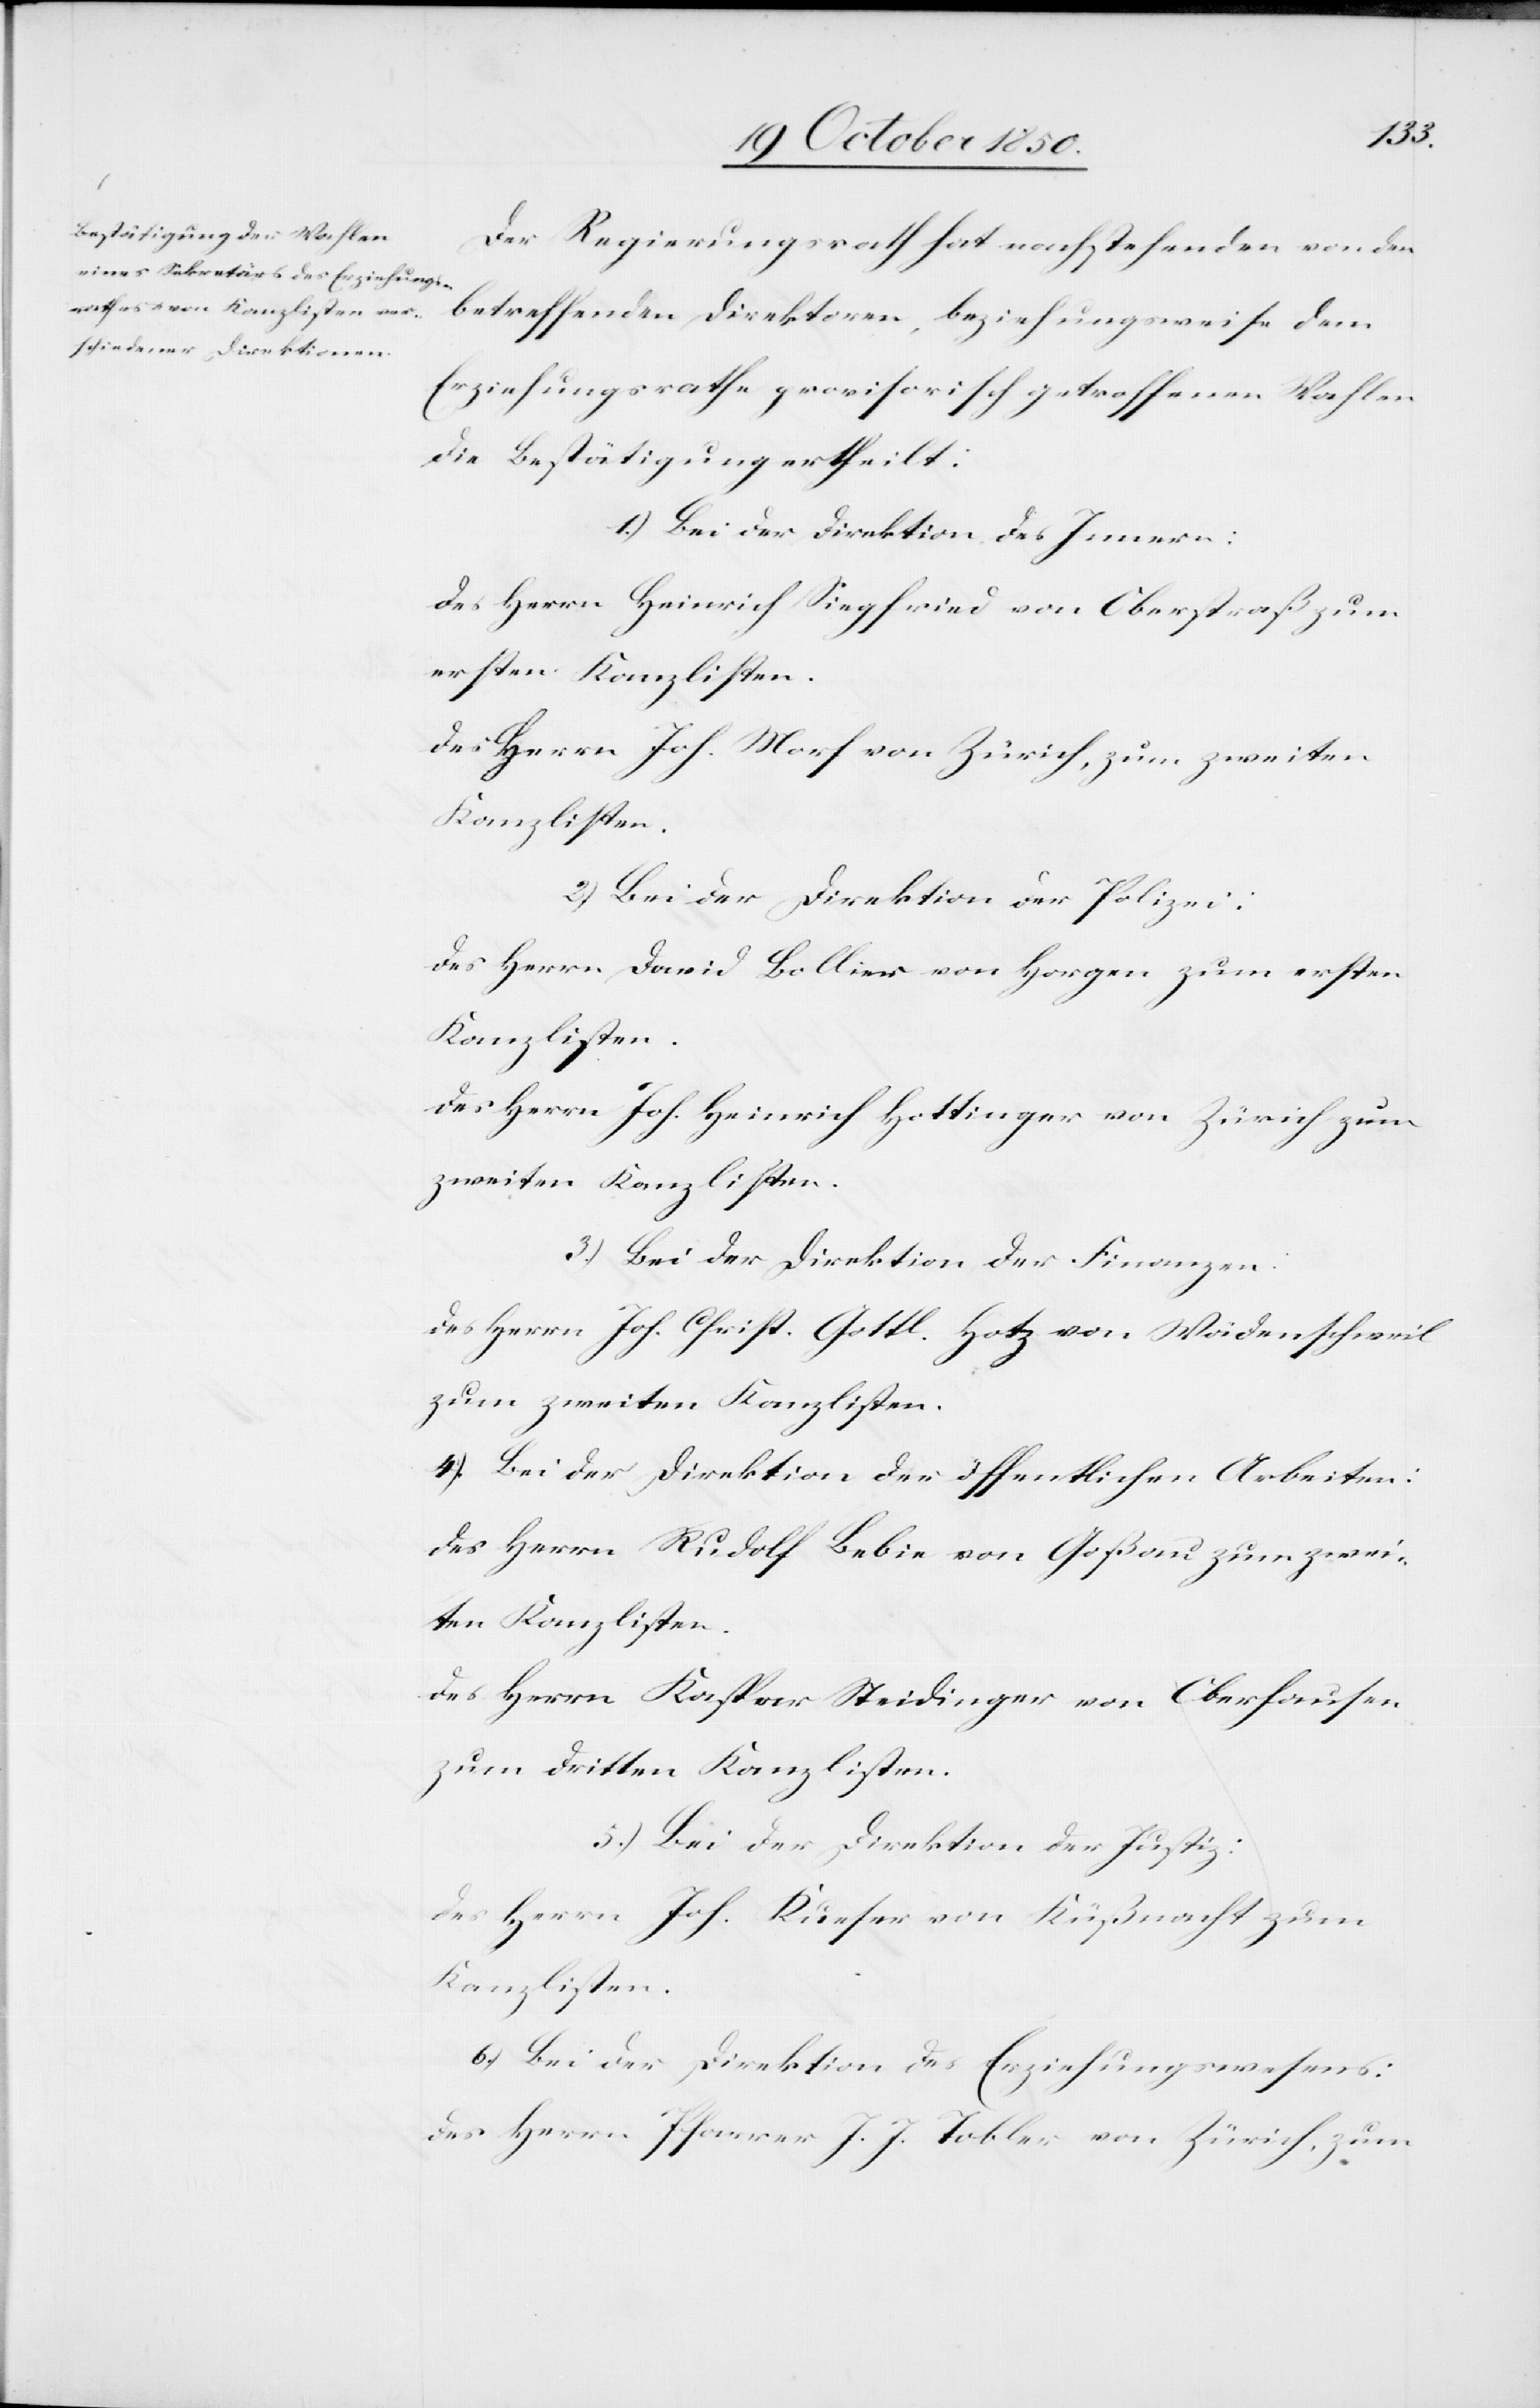
Der Regierungsrath hat nachstehenden von den
betreffenden Direktoren, beziehungsweise dem
Erziehungsrathe provisorisch getroffenen Wahlen
die Bestätigung ertheilt:
1.) Bei der Direktion des Innern:
Des Herrn Heinrich Siegfried von Oberstraß zum
ersten Kanzlisten.
Des Herrn Joh. Morf von Zürich, zum zweiten
Kanzlisten.
2) Bei der Direktion der Polizei:
Des Herrn David Bollier von Horgen zum ersten
Des Herrn Joh. Heinrich Hottinger von Zürich zum
zweiten Kanzlisten.
3.) Bei der Direktion der Finanzen:
Des Herrn Joh. Christ. Gottl. Hotz von Wädenschweil
zum zweiten Kanzlisten.
4) Bei der Direktion der öffentlichen Arbeiten:
Des Herrn Rudolf Bebie von Goßau zum zwei¬
ten Kanzlisten.
Des Herrn Kaspar Steidinger von Oberhausen
zum dritten Kanzlisten.
5.) Bei der Direktion der Justiz:
Des Herrn Joh. Kueser von Küßnacht zum
Kanzlisten.
6.) Bei der Direktion des Erziehungswesens:
Des Herrn Pfarrer J. J. Tobler von Zürich, zum